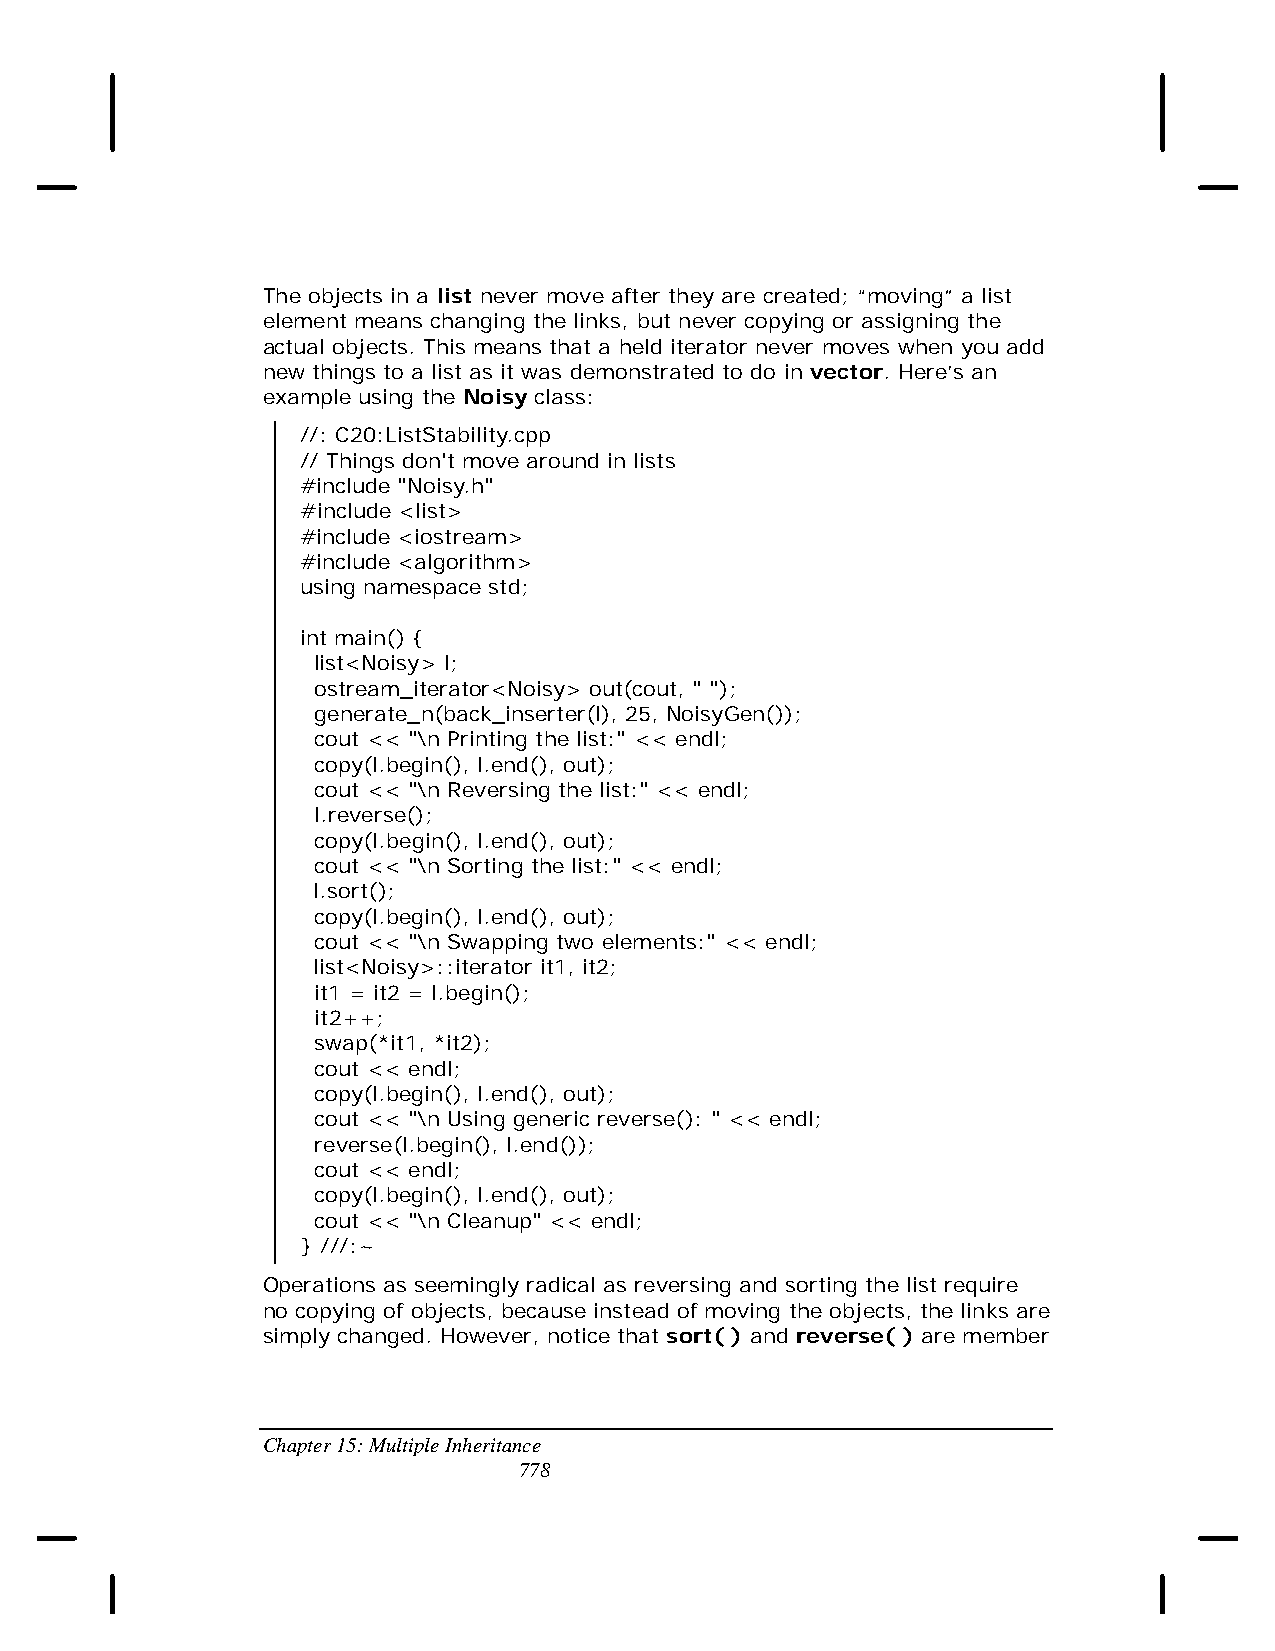
The objects in a list never move after they are created; “moving” a list
 element means changing the links, but never copying or assigning the
 actual objects. This means that a held iterator never moves when you add
 new things to a list as it was demonstrated to do in vector. Here’s an
 example using the Noisy class:
 //: C20:ListStability.cpp
 // Things don't move around in lists
 #include "Noisy.h"
 #include <list>
 #include <iostream>
 #include <algorithm>
 using namespace std;
 int main() {
 list<Noisy> l;
 ostream_iterator<Noisy> out(cout, " ");
 generate_n(back_inserter(l), 25, NoisyGen());
 cout << "\n Printing the list:" << endl;
 copy(l.begin(), l.end(), out);
 cout << "\n Reversing the list:" << endl;
 l.reverse();
 copy(l.begin(), l.end(), out);
 cout << "\n Sorting the list:" << endl;
 l.sort();
 copy(l.begin(), l.end(), out);
 cout << "\n Swapping two elements:" << endl;
 list<Noisy>::iterator it1, it2;
 it1 = it2 = l.begin();
 it2++;
 swap(*it1, *it2);
 cout << endl;
 copy(l.begin(), l.end(), out);
 cout << "\n Using generic reverse(): " << endl;
 reverse(l.begin(), l.end());
 cout << endl;
 copy(l.begin(), l.end(), out);
 cout << "\n Cleanup" << endl;
 } ///:~
 Operations as seemingly radical as reversing and sorting the list require
 no copying of objects, because instead of moving the objects, the links are
 simply changed. However, notice that sort( ) and reverse( ) are member
 Chapter 15: Multiple Inheritance
 778